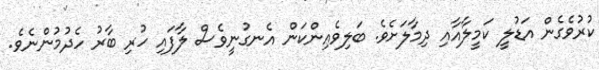
ކުރުވެގެން އަޑުލީ ކަމީލާއާއި ދިމާލަށެވެ. ބަލިވެއިންކަން އެނގުނީވެސް ލާފައި ހުރި ބާރު ހެދުމުންނެވެ.